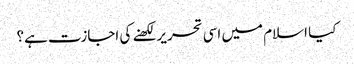
کیا اسلام میں اسی تحریر لکھنے کی اجازت ہے؟